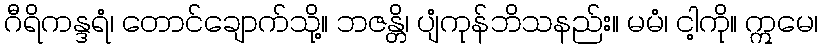
ဂီရိကန္ဒရံ၊ တောင်ချောက်သို့။ ဘဇန္တိ၊ ပျံကုန်ဘိသနည်း။ မမံ၊ ငါ့ကို။ ဣမေ၊